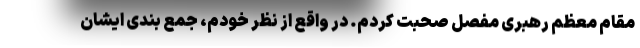
مقام معظم رهبری مفصل صحبت کردم. در واقع از نظر خودم، جمع بندی ایشان